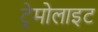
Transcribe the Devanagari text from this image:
ट्रेमोलाइट